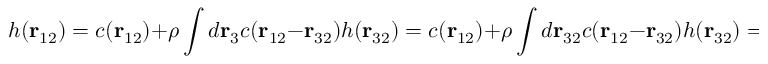
h ( \mathbf { r } _ { 1 2 } ) = c ( \mathbf { r } _ { 1 2 } ) + \rho \int d \mathbf { r } _ { 3 } c ( \mathbf { r } _ { 1 2 } - \mathbf { r } _ { 3 2 } ) h ( \mathbf { r } _ { 3 2 } ) = c ( \mathbf { r } _ { 1 2 } ) + \rho \int d \mathbf { r } _ { 3 2 } c ( \mathbf { r } _ { 1 2 } - \mathbf { r } _ { 3 2 } ) h ( \mathbf { r } _ { 3 2 } ) = c ( \mathbf { r } _ { 1 2 } ) + \rho ( c \, * \, h ) ( \mathbf { r } _ { 1 2 } )